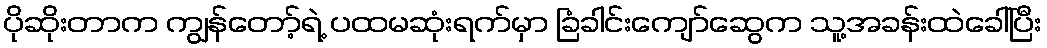
ပိုဆိုးတာက ကျွန်တော့်ရဲ့ ပထမဆုံးရက်မှာ ခြံခါင်းကျော်ဆွေက သူ့အခန်းထဲခေါ်ပြီး